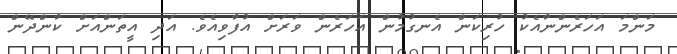
މަންމަ އަހަރެންނާއެކު ހުރިކަން އެނގުމުން އަހަރެން ވަރަށް އުފާވިއެވެ. އަދި އީތަންއަށް ކާންދޭން